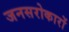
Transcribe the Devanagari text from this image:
जनसरोकारों